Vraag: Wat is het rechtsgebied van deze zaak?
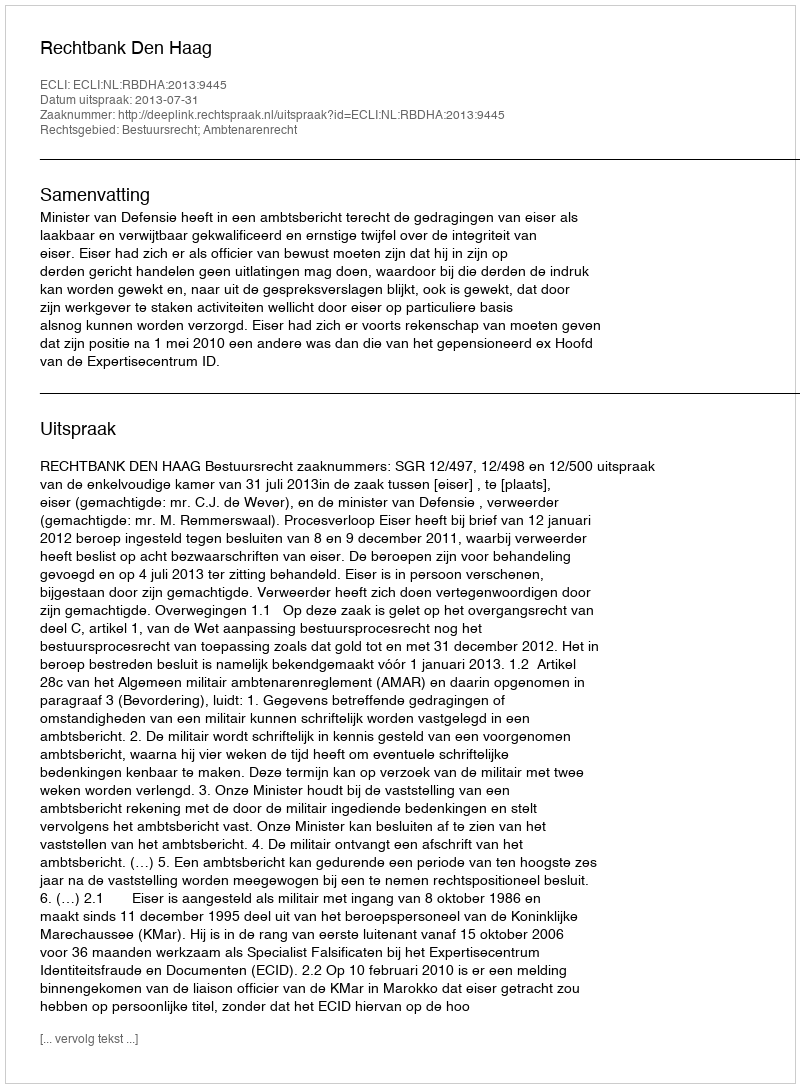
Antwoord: Bestuursrecht; Ambtenarenrecht